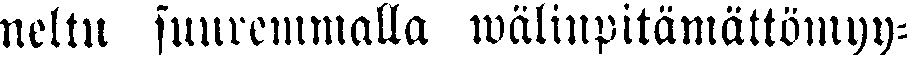
neltu suuremmalla wälinpitämättömyy-